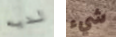
لديه شيء